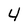
Character: 4